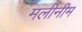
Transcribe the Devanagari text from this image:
मलीनीम